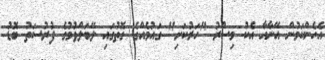
އެހެންކަމުން އޭނާއާ އެކު މިސްރު "ހަރުކަށި" ގައުމެއްގެ ގޮތުގައި ލޭބަލްވުމުގެ ފުރުސަތު ބޮޑު